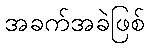
အခက်အခဲဖြစ်